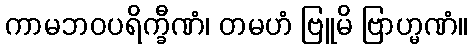
ကာမဘဝပရိက္ခီဏံ၊ တမဟံ ဗြူမိ ဗြာဟ္မဏံ။